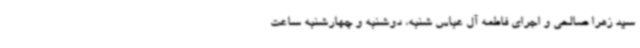
سید زهرا صالحی و اجرای فاطمه آل عباس شنبه، دوشنبه و چهارشنبه ساعت